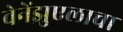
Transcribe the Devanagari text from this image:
वेनेंझुएलाचा